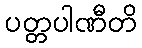
ပတ္တပါဏီတိ